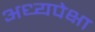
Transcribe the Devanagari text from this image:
अध्यपेक्षा